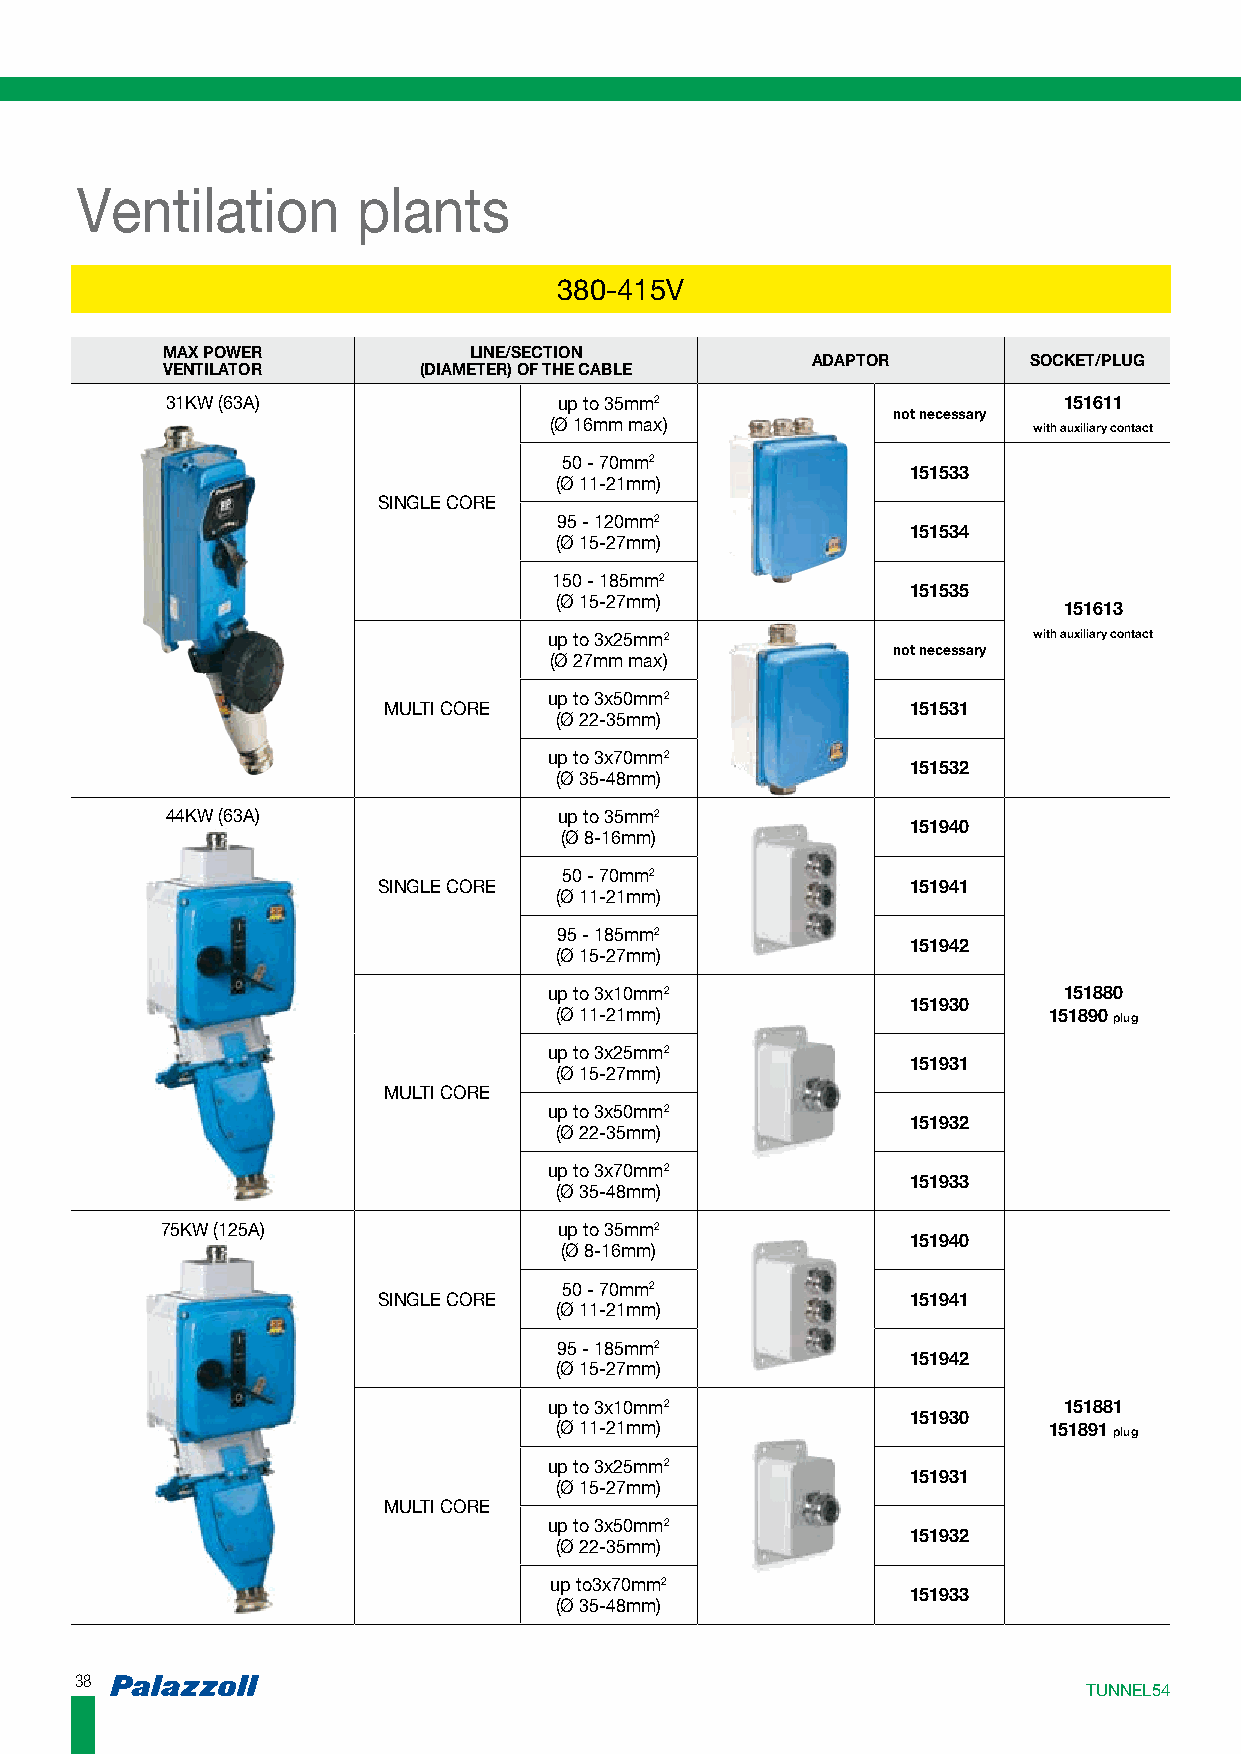
Ventilation        plants
 338800--441155VV
 MAX POWER           LINE/SECTION
 ADAPTOR       SOCKET/PLUG
 VENTILATOR       (DIAMETER) OF THE CABLE
 31KW (63A)                up to 35mm2                      151611
 not necessary
 (Ø 16mm max)                    with auxiliary contact
 50 - 70mm2
 151533
 (Ø 11-21mm)
 SINGLE CORE
 95 - 120mm2
 151534
 (Ø 15-27mm)
 150 - 185mm2
 151535
 (Ø 15-27mm)
 151613
 up to 3x25mm2                   with auxiliary contact
 not necessary
 (Ø 27mm max)
 up to 3x50mm2
 MULTI CORE                         151531
 (Ø 22-35mm)
 up to 3x70mm2
 151532
 (Ø 35-48mm)
 44KW (63A)                up to 35mm2
 151940
 (Ø 8-16mm)
 50 - 70mm2
 SINGLE CORE                        151941
 (Ø 11-21mm)
 95 - 185mm2
 151942
 (Ø 15-27mm)
 up to 3x10mm2                     151880
 151930
 (Ø 11-21mm)                     151890 plug
 up to 3x25mm2
 151931
 (Ø 15-27mm)
 MULTI CORE
 up to 3x50mm2
 151932
 (Ø 22-35mm)
 up to 3x70mm2
 151933
 (Ø 35-48mm)
 75KW (125A)               up to 35mm2
 151940
 (Ø 8-16mm)
 50 - 70mm2
 SINGLE CORE                        151941
 (Ø 11-21mm)
 95 - 185mm2
 151942
 (Ø 15-27mm)
 up to 3x10mm2                     151881
 151930
 (Ø 11-21mm)                     151891 plug
 up to 3x25mm2
 151931
 (Ø 15-27mm)
 MULTI CORE
 up to 3x50mm2
 151932
 (Ø 22-35mm)
 up to3x70mm2
 151933
 (Ø 35-48mm)
 3388
 TTUUNNNNEELL5544